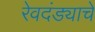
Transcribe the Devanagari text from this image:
रेवदंड्याचे